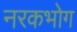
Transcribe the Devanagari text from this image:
नरकभोग